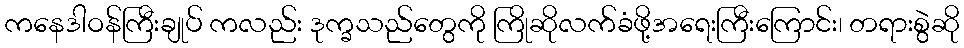
ကနေဒါဝန်ကြီးချုပ် ကလည်း ဒုက္ခသည်တွေကို ကြိုဆိုလက်ခံဖို့အရေးကြီးကြောင်း၊ တရားစွဲဆို